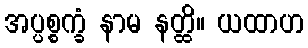
အပ္ပစ္စက္ခံ နာမ နတ္ထိ။ ယထာဟ